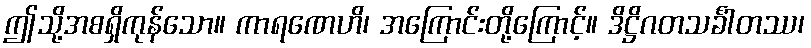
ဤသို့အစရှိကုန်သော။ ကာရဏေဟိ၊ အကြောင်းတို့ကြောင့်။ ဒိဋ္ဌိဂတသင်္ခါတဿ၊